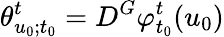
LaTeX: \theta_{u_{0};t_{0}}^{t}=D^{G}\varphi_{t_{0}}^{t}(u_{0})